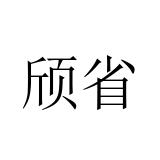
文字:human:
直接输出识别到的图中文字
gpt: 颀省